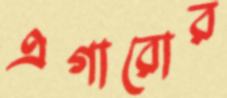
এগারোর